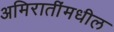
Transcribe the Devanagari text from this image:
अमिरातींमधील